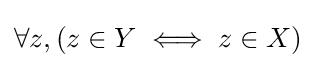
\forall z,(z\in Y\iff z\in X)